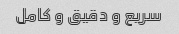
سریع و دقیق و کامل